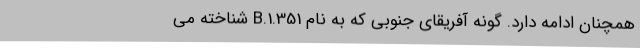
همچنان ادامه دارد. گونه آفریقای جنوبی که به نام B.1.351 شناخته می